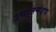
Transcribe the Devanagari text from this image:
उद्यानमंडप